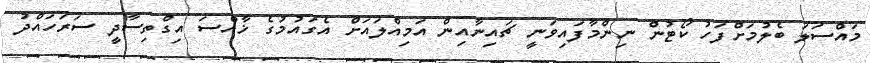
މައްސަލަ ބެލުމަށްފަހު ކޯޓުން ނިންމާފައިވަނީ ޗައިނާއިން އަމިއްލައަށް އެގައުމުގެ ޚާއްސަ އިގްތިސާދީ ސަރަހައްދު